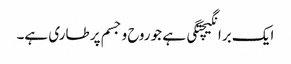
ایک برانگیچتگی ہے جو روح و جسم پر طاری ہے۔